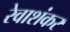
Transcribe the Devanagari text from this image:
रेवाशंकर